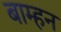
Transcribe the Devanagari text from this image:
बाम्हन